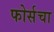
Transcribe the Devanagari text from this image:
फोर्सचा